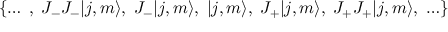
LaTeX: \{ \ldots \; , \; J _ { - } J _ { - } | j , m \rangle , \; J _ { - } | j , m \rangle , \; | j , m \rangle , \; J _ { + } | j , m \rangle , \; J _ { + } J _ { + } | j , m \rangle , \; \ldots \}